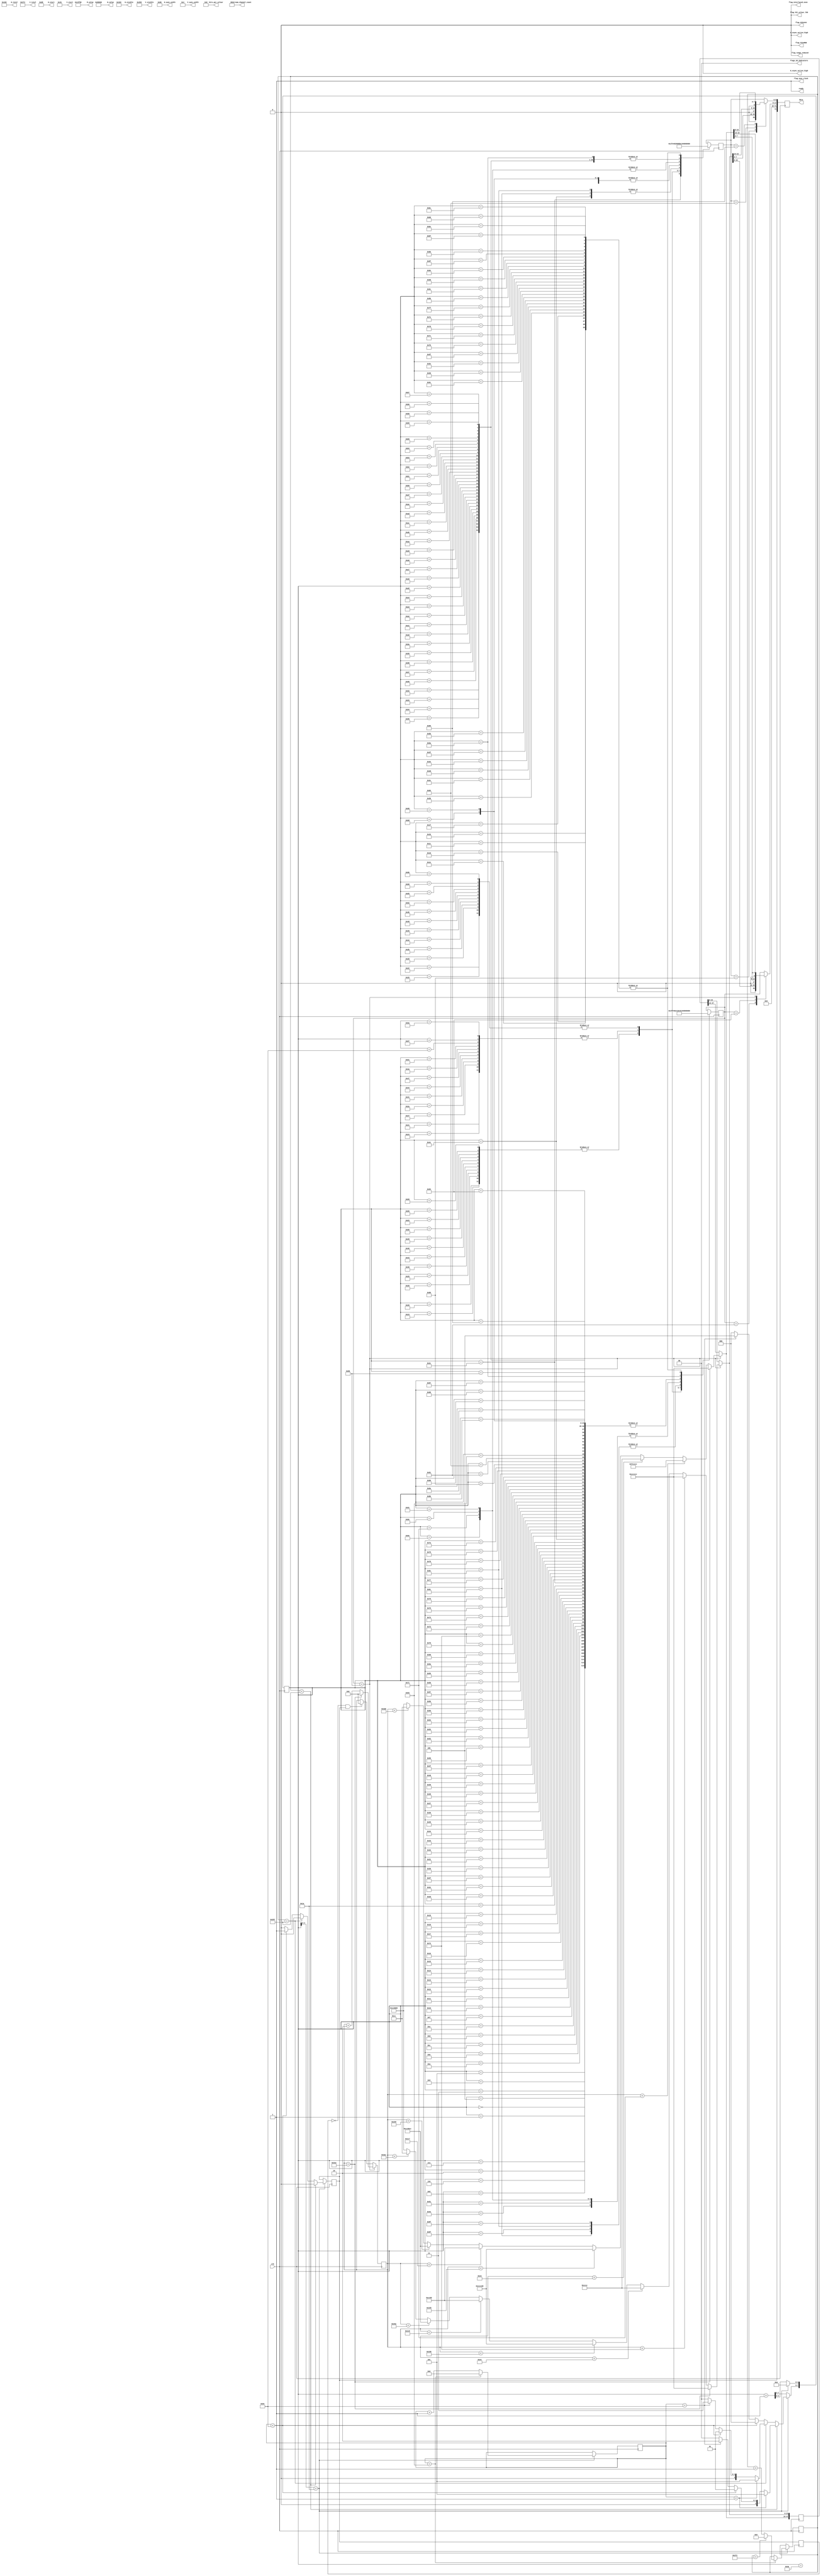
///////////////////////////////////////////////////////////////////////////////
// test_source_800_600_RGB_444_colourbar.v : A hack at making a colour bar
//
//
// Part of the DisplayPort_Verlog project - an open implementation of the 
// DisplayPort protocol for FPGA boards. 
//
// See https://github.com/hamsternz/DisplayPort_Verilog for latest versions.
//
///////////////////////////////////////////////////////////////////////////////
// Version |  Notes
// ----------------------------------------------------------------------------
//   1.0   | Initial Release
//
///////////////////////////////////////////////////////////////////////////////
//
// MIT License
// 
// Copyright (c) 2019 Mike Field
// 
// Permission is hereby granted, free of charge, to any person obtaining a copy
// of this software and associated documentation files (the "Software"), to deal
// in the Software without restriction, including without limitation the rights
// to use, copy, modify, merge, publish, distribute, sublicense, and/or sell
// copies of the Software, and to permit persons to whom the Software is
// furnished to do so, subject to the following conditions:
// 
// The above copyright notice and this permission notice shall be included in all
// copies or substantial portions of the Software.
// 
// THE SOFTWARE IS PROVIDED "AS IS", WITHOUT WARRANTY OF ANY KIND, EXPRESS OR
// IMPLIED, INCLUDING BUT NOT LIMITED TO THE WARRANTIES OF MERCHANTABILITY,
// FITNESS FOR A PARTICULAR PURPOSE AND NONINFRINGEMENT. IN NO EVENT SHALL THE
// AUTHORS OR COPYRIGHT HOLDERS BE LIABLE FOR ANY CLAIM, DAMAGES OR OTHER
// LIABILITY, WHETHER IN AN ACTION OF CONTRACT, TORT OR OTHERWISE, ARISING FROM,
// OUT OF OR IN CONNECTION WITH THE SOFTWARE OR THE USE OR OTHER DEALINGS IN THE
// SOFTWARE.
//
///////////////////////////////////////////////////////////////////////////////
//
// Want to say thanks?
//
// This design has taken many hours - 3 months of work for the initial VHDL
// design, and another month or so to convert it to Verilog for this release.
//
// I'm more than happy to share it if you can make use of it. It is released
// under the MIT license, so you are not under any onus to say thanks, but....
//
// If you what to say thanks for this design either drop me an email, or how about
// trying PayPal to my email (hamster@snap.net.nz)?
//
//  Educational use - Enough for a beer
//  Hobbyist use    - Enough for a pizza
//  Research use    - Enough to take the family out to dinner
//  Commercial use  - A weeks pay for an engineer (I wish!)
//
///////////////////////////////////////////////////////////////////////////////
module test_source_800_600_RGB_444_colourbar(
        output reg [23:0] M_value,
        output reg [23:0] N_value,
        output reg [11:0] H_visible,
        output reg [11:0] V_visible,
        output reg [11:0] H_total,
        output reg [11:0] V_total,
        output reg [11:0] H_sync_width,
        output reg [11:0] V_sync_width,
        output reg [11:0] H_start,
        output reg [11:0] V_start,
        output reg        H_vsync_active_high,
        output reg        V_vsync_active_high,
        output reg        flag_sync_clock,
        output reg        flag_YCCnRGB,
        output reg        flag_422n444,
        output reg        flag_YCC_colour_709,
        output reg        flag_range_reduced,
        output reg        flag_interlaced_even,
        output reg  [1:0] flags_3d_Indicators,
        output reg  [4:0] bits_per_colour,
        output reg  [2:0] stream_channel_count,

        input             clk,
        output reg        ready,
        output reg [72:0] data
    );

/////////////////////////////////////////////////////
// 
//  Transfer Units (TUs) are 0 to 26 pairs of symbols
//  Making them 54 symbols long. Each TU can transfer
//  8 pixels, making the pixel clock 8/54ths of the 
//  symbol rate. The symbol rate is 270M Symbols/s.
//
//  So pixel clock is 8/54*270 = 40M pixels/sec
/////////////////////////////////////////////////////
    
    localparam [8:0] DUMMY  = 9'b000000000;  // 0x03
    localparam [8:0] SPARE  = 9'b011111111;  // 0xFF
    localparam [8:0] ZERO   = 9'b000000000;  // 0x00
    localparam [8:0] PIX_00 = 9'b010000000;  // Byte 0 of pixel 0
    localparam [8:0] PIX_01 = 9'b010000001;  // Byte 1 of pixel 0
    localparam [8:0] PIX_02 = 9'b010000010;  // Byte 2 of pixel 0
    localparam [8:0] PIX_10 = 9'b010000100;  // Byte 0 of pixel 1
    localparam [8:0] PIX_11 = 9'b010000101;  // Byte 1 of pixel 1
    localparam [8:0] PIX_12 = 9'b010000110;  // Byte 2 of pixel 1

    localparam [8:0] BE     = 9'b111111011;  // K27.7 Blank End
    localparam [8:0] BS     = 9'b110111100;  // K28.5 Blank Start 
    localparam [8:0] FS     = 9'b111111110;  // K30.7 Fill Start
    localparam [8:0] FE     = 9'b111110111;  // K23.7 Fill End
   

    localparam [8:0] VB_VS  = 9'b000000001;  // 0x00  VB-ID with Vertical blank asserted 
    localparam [8:0] VB_NVS = 9'b000000000;  // 0x00  VB-ID without Vertical blank asserted
    localparam [8:0] MVID   = 9'b001101000;  // 0x68
    localparam [8:0] MAUD   = 9'b000000000;  // 0x00    
    
    reg [7:0] index = 0;
    reg [8:0] d0 = 0;
    reg [8:0] d1 = 0;
    reg [9:0] line_count = 0;
    reg [7:0] row_count = 0;
    reg       switch_point  = 0;

    reg [47:0] pixels_next;
    reg        new_next;

    reg [18:0] pixel_count;
    reg [47:0] pixels;
    reg        switch_point_last;

initial begin
    M_value              = 24'h012F68;
    N_value              = 24'h080000;
    H_visible            = 12'h320;  // 800
    V_visible            = 12'h258;  // 600
    H_total              = 12'h420;  // 1056
    V_total              = 12'h274;  // 628
    H_sync_width         = 12'h080;  // 128
    V_sync_width         = 12'h004;  // 4
    H_start              = 12'h0D8;  // 216 
    V_start              = 12'h01b;  // 37
    H_vsync_active_high  = 1'b0;
    V_vsync_active_high  = 1'b0;
    flag_sync_clock      = 1'b1;
    flag_YCCnRGB         = 1'b0;
    flag_422n444         = 1'b0;
    flag_range_reduced   = 1'b0;
    flag_interlaced_even = 1'b0;
    flag_YCC_colour_709  = 1'b0;
    flags_3d_Indicators  = 2'b00;
    bits_per_colour      = 5'b01000;

    stream_channel_count = 3'b001; 
    ready                = 1'b1;
    data                 = 73'b0;

    pixel_count          = 19'b0;
    switch_point_last    = 1'b0;
end


always @(posedge clk) begin
//////////////////////////////////
// Pixel value generation 
//////////////////////////////////
    /////////////////////////////////////////////
    // Detect the start of frame to reset counter
    /////////////////////////////////////////////
    if(switch_point_last == 1'b0 && switch_point == 1'b1) begin
       pixel_count <= 19'b0; 
       pixels      <= 48'hCCCCCCCCCCCC;  // pixel 0 & 1
    end

    ////////////////////////////////////////////////////
    // Advance the counter when last byte of pixel is used
    ////////////////////////////////////////////////////
    if(d1 == PIX_12) begin  // Can only be sed for d1
       if     (pixel_count < 114*1)   begin pixels[23:0] = 24'hCCCCCC; end
       else if(pixel_count < 114*2)   begin pixels[23:0] = 24'h00CCCC; end
       else if(pixel_count < 114*3)   begin pixels[23:0] = 24'hCCCC00; end
       else if(pixel_count < 114*4)   begin pixels[23:0] = 24'h00CC00; end
       else if(pixel_count < 114*5)   begin pixels[23:0] = 24'hCC00CC; end
       else if(pixel_count < 114*6)   begin pixels[23:0] = 24'h0000CC; end
       else                           begin pixels[23:0] = 24'hCC0000; end
  
       if     (pixel_count < 114*1-1) begin pixels[47:24] = 24'hfCCCCC; end
       else if(pixel_count < 114*2-1) begin pixels[47:24] = 24'h00CCCC; end
       else if(pixel_count < 114*3-1) begin pixels[47:24] = 24'hCCCC00; end
       else if(pixel_count < 114*4-1) begin pixels[47:24] = 24'h00CC00; end
       else if(pixel_count < 114*5-1) begin pixels[47:24] = 24'hCC00CC; end
       else if(pixel_count < 114*6-1) begin pixels[47:24] = 24'h0000CC; end
       else                           begin pixels[47:24] = 24'hCC0000; end
  
       if(pixel_count == 798) begin
         pixel_count   <= 19'b0;
         pixels      <= 48'hCCCCCCCCCCCC;  // pixel 0 & 1
       end else begin
         pixel_count   <= pixel_count + 2;
       end
    end
    switch_point_last <= switch_point;

///////////////////////////////////////////////
// Scheduling the data out to the pipeline
///////////////////////////////////////////////

    ///////////////////////////////////////////////
    // Stage 1 of video pipeline
    //
    // Replace the sentinel values with pixel data  
    ///////////////////////////////////////////////
    case(d1)
       // Data from pixel 0
       PIX_01: begin  data[17:9]  <= {1'b0, pixels[15:8]};  end
       // Data from pixel 1
       PIX_10: begin  data[17:9]  <= {1'b0, pixels[31:24]}; end
       PIX_12: begin  data[17:9]  <= {1'b0, pixels[47:40]}; end
       default:       data[17:9]  <= d1;
    endcase

    case(d0)
       // Data from pixel 0
       PIX_00: begin  data[8:0]   <= {1'b0, pixels[7:0]};   end
       PIX_02: begin  data[8:0]   <= {1'b0, pixels[23:16]}; end
       // Data from pixel 1
       PIX_11: begin  data[8:0]   <= {1'b0, pixels[39:32]}; end
       default:       data[8:0]   <= d0;
    endcase
    data[71:18]          <= 54'b0;
    data[72]             <= switch_point;

    ///////////////////////////////////////////////
    // Stage 0 of pipeline
    // 
    // Lookup what type of values to send
    ///////////////////////////////////////////////
    // Now load the next byte of the sequence into d0 and d1
    case(index)  
        8'h00: begin d0 <= DUMMY;  d1 <= DUMMY; end
        8'h01: begin d0 <= DUMMY;  d1 <= DUMMY; end
        8'h02: begin d0 <= DUMMY;  d1 <= DUMMY; end
        8'h03: begin d0 <= DUMMY;  d1 <= DUMMY; end
        8'h04: begin d0 <= DUMMY;  d1 <= DUMMY; end
        8'h05: begin d0 <= DUMMY;  d1 <= DUMMY; end
        8'h06: begin d0 <= DUMMY;  d1 <= DUMMY; end
        8'h07: begin d0 <= DUMMY;  d1 <= DUMMY; end
        8'h08: begin d0 <= DUMMY;  d1 <= DUMMY; end
        8'h09: begin d0 <= DUMMY;  d1 <= DUMMY; end
        8'h0A: begin d0 <= DUMMY;  d1 <= DUMMY; end
        8'h0B: begin d0 <= DUMMY;  d1 <= DUMMY; end
        8'h0C: begin d0 <= DUMMY;  d1 <= DUMMY; end
        8'h0D: begin d0 <= DUMMY;  d1 <= DUMMY; end
        8'h0E: begin d0 <= DUMMY;  d1 <= DUMMY; end
        8'h0F: begin d0 <= DUMMY;  d1 <= DUMMY; end
        8'h10: begin d0 <= DUMMY;  d1 <= DUMMY; end
        8'h11: begin d0 <= DUMMY;  d1 <= DUMMY; end
        8'h12: begin d0 <= DUMMY;  d1 <= DUMMY; end
        8'h13: begin d0 <= DUMMY;  d1 <= DUMMY; end
        8'h14: begin d0 <= DUMMY;  d1 <= DUMMY; end
        8'h15: begin d0 <= DUMMY;  d1 <= DUMMY; end
        8'h16: begin d0 <= DUMMY;  d1 <= DUMMY; end
        8'h17: begin d0 <= DUMMY;  d1 <= DUMMY; end
        8'h18: begin d0 <= DUMMY;  d1 <= DUMMY; end
        8'h19: begin d0 <= DUMMY;  d1 <= DUMMY; end
        8'h1A: begin d0 <= DUMMY;  d1 <= DUMMY; end
        8'h1B: begin d0 <= SPARE;  d1 <= SPARE; end
        8'h1C: begin d0 <= SPARE;  d1 <= SPARE; end
        8'h1D: begin d0 <= SPARE;  d1 <= SPARE; end
        8'h1E: begin d0 <= SPARE;  d1 <= SPARE; end
        8'h1F: begin d0 <= SPARE;  d1 <= SPARE; end
    
        // Block 1 - 8 white pixels and padding
        8'h20: begin d0 <= PIX_00; d1 <= PIX_01; end
        8'h21: begin d0 <= PIX_02; d1 <= PIX_10; end
        8'h22: begin d0 <= PIX_11; d1 <= PIX_12; end
        8'h23: begin d0 <= PIX_00; d1 <= PIX_01; end
        8'h24: begin d0 <= PIX_02; d1 <= PIX_10; end
        8'h25: begin d0 <= PIX_11; d1 <= PIX_12; end
        8'h26: begin d0 <= PIX_00; d1 <= PIX_01; end
        8'h27: begin d0 <= PIX_02; d1 <= PIX_10; end
        8'h28: begin d0 <= PIX_11; d1 <= PIX_12; end
        8'h29: begin d0 <= PIX_00; d1 <= PIX_01; end
        8'h2A: begin d0 <= PIX_02; d1 <= PIX_10; end
        8'h2B: begin d0 <= PIX_11; d1 <= PIX_12; end
        8'h2C: begin d0 <= FS;     d1 <= DUMMY;  end
        8'h2D: begin d0 <= DUMMY;  d1 <= DUMMY;  end
        8'h2E: begin d0 <= DUMMY;  d1 <= DUMMY;  end
        8'h2F: begin d0 <= DUMMY;  d1 <= DUMMY;  end
        8'h30: begin d0 <= DUMMY;  d1 <= DUMMY;  end
        8'h31: begin d0 <= DUMMY;  d1 <= DUMMY;  end
        8'h32: begin d0 <= DUMMY;  d1 <= DUMMY;  end
        8'h33: begin d0 <= DUMMY;  d1 <= DUMMY;  end
        8'h34: begin d0 <= DUMMY;  d1 <= DUMMY;  end
        8'h35: begin d0 <= DUMMY;  d1 <= DUMMY;  end
        8'h36: begin d0 <= DUMMY;  d1 <= DUMMY;  end
        8'h37: begin d0 <= DUMMY;  d1 <= DUMMY;  end
        8'h38: begin d0 <= DUMMY;  d1 <= DUMMY;  end
        8'h39: begin d0 <= DUMMY;  d1 <= DUMMY;  end
        8'h3A: begin d0 <= DUMMY;  d1 <= FE;     end
        8'h3B: begin d0 <= SPARE;  d1 <= SPARE;  end
        8'h3C: begin d0 <= SPARE;  d1 <= SPARE;  end
        8'h3D: begin d0 <= SPARE;  d1 <= SPARE;  end
        8'h3E: begin d0 <= SPARE;  d1 <= SPARE;  end
        8'h3F: begin d0 <= SPARE;  d1 <= SPARE;  end
    
        // Block 2 - 8 white pixels and padding; d1 <= VB-ID (-vsync); d1 <= Mvid; d1 <= MAud and junk
        8'h40: begin d0 <= PIX_00; d1 <= PIX_01; end
        8'h41: begin d0 <= PIX_02; d1 <= PIX_10; end
        8'h42: begin d0 <= PIX_11; d1 <= PIX_12; end
        8'h43: begin d0 <= PIX_00; d1 <= PIX_01; end
        8'h44: begin d0 <= PIX_02; d1 <= PIX_10; end
        8'h45: begin d0 <= PIX_11; d1 <= PIX_12; end
        8'h46: begin d0 <= PIX_00; d1 <= PIX_01; end
        8'h47: begin d0 <= PIX_02; d1 <= PIX_10; end
        8'h48: begin d0 <= PIX_11; d1 <= PIX_12; end
        8'h49: begin d0 <= PIX_00; d1 <= PIX_01; end
        8'h4A: begin d0 <= PIX_02; d1 <= PIX_10; end
        8'h4B: begin d0 <= PIX_11; d1 <= PIX_12; end
        8'h4C: begin d0 <= BS;     d1 <= VB_NVS; end
        8'h4D: begin d0 <= MVID;   d1 <= MAUD;   end
        8'h4E: begin d0 <= VB_NVS; d1 <= MVID;   end
        8'h4F: begin d0 <= MAUD;   d1 <= VB_NVS; end
        8'h50: begin d0 <= MVID;   d1 <= MAUD;   end
        8'h51: begin d0 <= VB_NVS; d1 <= MVID;   end
        8'h52: begin d0 <= MAUD;   d1 <= DUMMY;  end
        8'h53: begin d0 <= DUMMY;  d1 <= DUMMY;  end
        8'h54: begin d0 <= DUMMY;  d1 <= DUMMY;  end
        8'h55: begin d0 <= DUMMY;  d1 <= DUMMY;  end
        8'h56: begin d0 <= DUMMY;  d1 <= DUMMY;  end
        8'h57: begin d0 <= DUMMY;  d1 <= DUMMY;  end
        8'h58: begin d0 <= DUMMY;  d1 <= DUMMY;  end
        8'h59: begin d0 <= DUMMY;  d1 <= DUMMY;  end
        8'h5A: begin d0 <= DUMMY;  d1 <= DUMMY;  end
        8'h5B: begin d0 <= SPARE;  d1 <= SPARE;  end
        8'h5C: begin d0 <= SPARE;  d1 <= SPARE;  end
        8'h5D: begin d0 <= SPARE;  d1 <= SPARE;  end
        8'h5E: begin d0 <= SPARE;  d1 <= SPARE;  end
        8'h5F: begin d0 <= SPARE;  d1 <= SPARE;  end
    
        // Block 3 - 8 white pixels and padding; d1 <= VB-ID (+vsync); d1 <= Mvid; d1 <= MAud and junk
        8'h60: begin d0 <= PIX_00; d1 <= PIX_01; end
        8'h61: begin d0 <= PIX_02; d1 <= PIX_10; end
        8'h62: begin d0 <= PIX_11; d1 <= PIX_12; end
        8'h63: begin d0 <= PIX_00; d1 <= PIX_01; end
        8'h64: begin d0 <= PIX_02; d1 <= PIX_10; end
        8'h65: begin d0 <= PIX_11; d1 <= PIX_12; end
        8'h66: begin d0 <= PIX_00; d1 <= PIX_01; end
        8'h67: begin d0 <= PIX_02; d1 <= PIX_10; end
        8'h68: begin d0 <= PIX_11; d1 <= PIX_12; end
        8'h69: begin d0 <= PIX_00; d1 <= PIX_01; end
        8'h6A: begin d0 <= PIX_02; d1 <= PIX_10; end
        8'h6B: begin d0 <= PIX_11; d1 <= PIX_12; end
        8'h6C: begin d0 <= BS;     d1 <= VB_VS;  end
        8'h6D: begin d0 <= MVID;   d1 <= MAUD;   end
        8'h6E: begin d0 <= VB_VS;  d1 <= MVID;   end
        8'h6F: begin d0 <= MAUD;   d1 <= VB_VS;  end
        8'h70: begin d0 <= MVID;   d1 <= MAUD;   end
        8'h71: begin d0 <= VB_VS;  d1 <= MVID;   end
        8'h72: begin d0 <= MAUD;   d1 <= DUMMY;  end
        8'h73: begin d0 <= DUMMY;  d1 <=  DUMMY; end
        8'h74: begin d0 <= DUMMY;  d1 <=  DUMMY; end
        8'h75: begin d0 <= DUMMY;  d1 <=  DUMMY; end
        8'h76: begin d0 <= DUMMY;  d1 <=  DUMMY; end
        8'h77: begin d0 <= DUMMY;  d1 <=  DUMMY; end
        8'h78: begin d0 <= DUMMY;  d1 <=  DUMMY; end
        8'h79: begin d0 <= DUMMY;  d1 <=  DUMMY; end
        8'h7A: begin d0 <= DUMMY;  d1 <=  DUMMY; end
        8'h7B: begin d0 <= SPARE;  d1 <=  SPARE; end
        8'h7C: begin d0 <= SPARE;  d1 <=  SPARE; end
        8'h7D: begin d0 <= SPARE;  d1 <=  SPARE; end
        8'h7E: begin d0 <= SPARE;  d1 <=  SPARE; end
        8'h7F: begin d0 <= SPARE;  d1 <=  SPARE; end
    
        // Block 4 - DUMMY;Blank Start; d1 <= VB-ID (+vsync); d1 <= Mvid; d1 <= MAud and junk
        8'h80: begin d0 <= DUMMY; d1 <= DUMMY; end
        8'h81: begin d0 <= DUMMY; d1 <= DUMMY; end
        8'h82: begin d0 <= DUMMY; d1 <= DUMMY; end
        8'h83: begin d0 <= DUMMY; d1 <= DUMMY; end
        8'h84: begin d0 <= DUMMY; d1 <= DUMMY; end
        8'h85: begin d0 <= DUMMY; d1 <= DUMMY; end
        8'h86: begin d0 <= DUMMY; d1 <= DUMMY; end
        8'h87: begin d0 <= DUMMY; d1 <= DUMMY; end
        8'h88: begin d0 <= DUMMY; d1 <= DUMMY; end
        8'h89: begin d0 <= DUMMY; d1 <= DUMMY; end
        8'h8A: begin d0 <= DUMMY; d1 <= DUMMY; end
        8'h8B: begin d0 <= DUMMY; d1 <= DUMMY; end
        8'h8C: begin d0 <= BS;    d1 <= VB_VS; end
        8'h8D: begin d0 <= MVID;  d1 <= MAUD;  end
        8'h8E: begin d0 <= VB_VS; d1 <= MVID;  end
        8'h8F: begin d0 <= MAUD;  d1 <= VB_VS; end
        8'h90: begin d0 <= MVID;  d1 <= MAUD;  end
        8'h91: begin d0 <= VB_VS; d1 <= MVID;  end
        8'h92: begin d0 <= MAUD;  d1 <= DUMMY; end
        8'h93: begin d0 <= DUMMY; d1 <= DUMMY; end
        8'h94: begin d0 <= DUMMY; d1 <= DUMMY; end
        8'h95: begin d0 <= DUMMY; d1 <= DUMMY; end
        8'h96: begin d0 <= DUMMY; d1 <= DUMMY; end
        8'h97: begin d0 <= DUMMY; d1 <= DUMMY; end
        8'h98: begin d0 <= DUMMY; d1 <= DUMMY; end
        8'h99: begin d0 <= DUMMY; d1 <= DUMMY; end
        8'h9A: begin d0 <= DUMMY; d1 <= DUMMY; end
        8'h9B: begin d0 <= SPARE; d1 <= SPARE; end
        8'h9C: begin d0 <= SPARE; d1 <= SPARE; end
        8'h9D: begin d0 <= SPARE; d1 <= SPARE; end
        8'h9E: begin d0 <= SPARE; d1 <= SPARE; end
        8'h9F: begin d0 <= SPARE; d1 <= SPARE; end
    
        // Block 5 - just blank end
        8'hA0: begin d0 <= DUMMY; d1 <= DUMMY; end
        8'hA1: begin d0 <= DUMMY; d1 <= DUMMY; end
        8'hA2: begin d0 <= DUMMY; d1 <= DUMMY; end
        8'hA3: begin d0 <= DUMMY; d1 <= DUMMY; end
        8'hA4: begin d0 <= DUMMY; d1 <= DUMMY; end
        8'hA5: begin d0 <= DUMMY; d1 <= DUMMY; end
        8'hA6: begin d0 <= DUMMY; d1 <= DUMMY; end
        8'hA7: begin d0 <= DUMMY; d1 <= DUMMY; end
        8'hA8: begin d0 <= DUMMY; d1 <= DUMMY; end
        8'hA9: begin d0 <= DUMMY; d1 <= DUMMY; end
        8'hAA: begin d0 <= DUMMY; d1 <= DUMMY; end
        8'hAB: begin d0 <= DUMMY; d1 <= DUMMY; end
        8'hAC: begin d0 <= DUMMY; d1 <= DUMMY; end
        8'hAD: begin d0 <= DUMMY; d1 <= DUMMY; end
        8'hAE: begin d0 <= DUMMY; d1 <= DUMMY; end
        8'hAF: begin d0 <= DUMMY; d1 <= DUMMY; end
        8'hB0: begin d0 <= DUMMY; d1 <= DUMMY; end
        8'hB1: begin d0 <= DUMMY; d1 <= DUMMY; end
        8'hB2: begin d0 <= DUMMY; d1 <= DUMMY; end
        8'hB3: begin d0 <= DUMMY; d1 <= DUMMY; end
        8'hB4: begin d0 <= DUMMY; d1 <= DUMMY; end
        8'hB5: begin d0 <= DUMMY; d1 <= DUMMY; end
        8'hB6: begin d0 <= DUMMY; d1 <= DUMMY; end
        8'hB7: begin d0 <= DUMMY; d1 <= DUMMY; end
        8'hB8: begin d0 <= DUMMY; d1 <= DUMMY; end
        8'hB9: begin d0 <= DUMMY; d1 <= DUMMY; end
        8'hBA: begin d0 <= DUMMY; d1 <= BE;    end
        8'hBB: begin d0 <= SPARE; d1 <= SPARE; end
        8'hBC: begin d0 <= SPARE; d1 <= SPARE; end
        8'hBD: begin d0 <= SPARE; d1 <= SPARE; end
        8'hBE: begin d0 <= SPARE; d1 <= SPARE; end
        8'hBF: begin d0 <= SPARE; d1 <= SPARE; end
    endcase

    if(index[4:0] == 5'd26) begin  
        index[4:0] <= 5'd0;
        if(row_count == 131) begin
            row_count <= 8'b0;
            if(line_count == 627) begin
                line_count <= 10'b0;
            end else begin
                line_count <= line_count + 1;
            end
        end else begin
            row_count <= row_count +1;
        end

        // Block 0 - Junk
        // Block 1- 8 white pixels and padding
        // Block 2 - 8 white pixels and padding, VB-ID (-vsync), Mvid, MAud and junk
        // Block 3 - 8 white pixels and padding, VB-ID (+vsync), Mvid, MAud and junk
        // Block 4 - DUMMY,Blank Start, VB-ID (+vsync), Mvid, MAud and junk
        // Block 5 - just blank end
                
        index[7:5] <= 3'b000;  // Dummy symbols
        switch_point <= 1'b0;
        if(line_count < 599) begin //-- lines of active video (except first and last)
            if   (row_count <  1) index[7:5] <= 3'b101;  // Just blank end BE
            else if(row_count < 100) index[7:5] <= 3'b001;  // Pixels plus fill                                                 
            else if(row_count == 100) index[7:5] <= 3'b010;  // Pixels BS and VS-ID block (no VBLANK flag)       
            end else if(line_count == 599) begin // Last line of active video
                 if(row_count <  1) begin
                     index[7:5] <= 3'b101;  // Just blank end BE
                 end else if(row_count < 100) begin
                     index[7:5] <= 3'b001;  // Pixels plus fill 
                 end else if(row_count == 100) begin
                     index[7:5] <= 3'b011;  // Pixels BS and VS-ID block (with VBLANK flag)       
                 end
            end else begin
                //---------------------------------------------------------------
                // Allow switching to/from the idle pattern during the vertical blank
                //---------------------------------------------------------------                        
                if(row_count < 100) begin
                    switch_point <= 1'b1;
                end else if(row_count == 100) begin
                   index[7:5] <= 3'b100;  // Dummy symbols, BS and VS-ID block (with VBLANK flag)                        
                end
            end            
        end else begin
             index <= index + 1;
        end
    end
endmodule